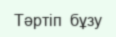
Тәртіп  бұзу